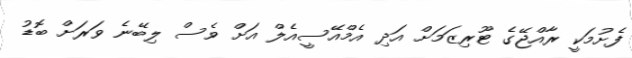
ފެށުމަކީ ރާއްޖޭގެ ޓޫރިޒަމަށް އަދި އެމްއޭސީއެލް އަށް ވެސް ލިބޭނެ ވަރަށް ބޮޑު